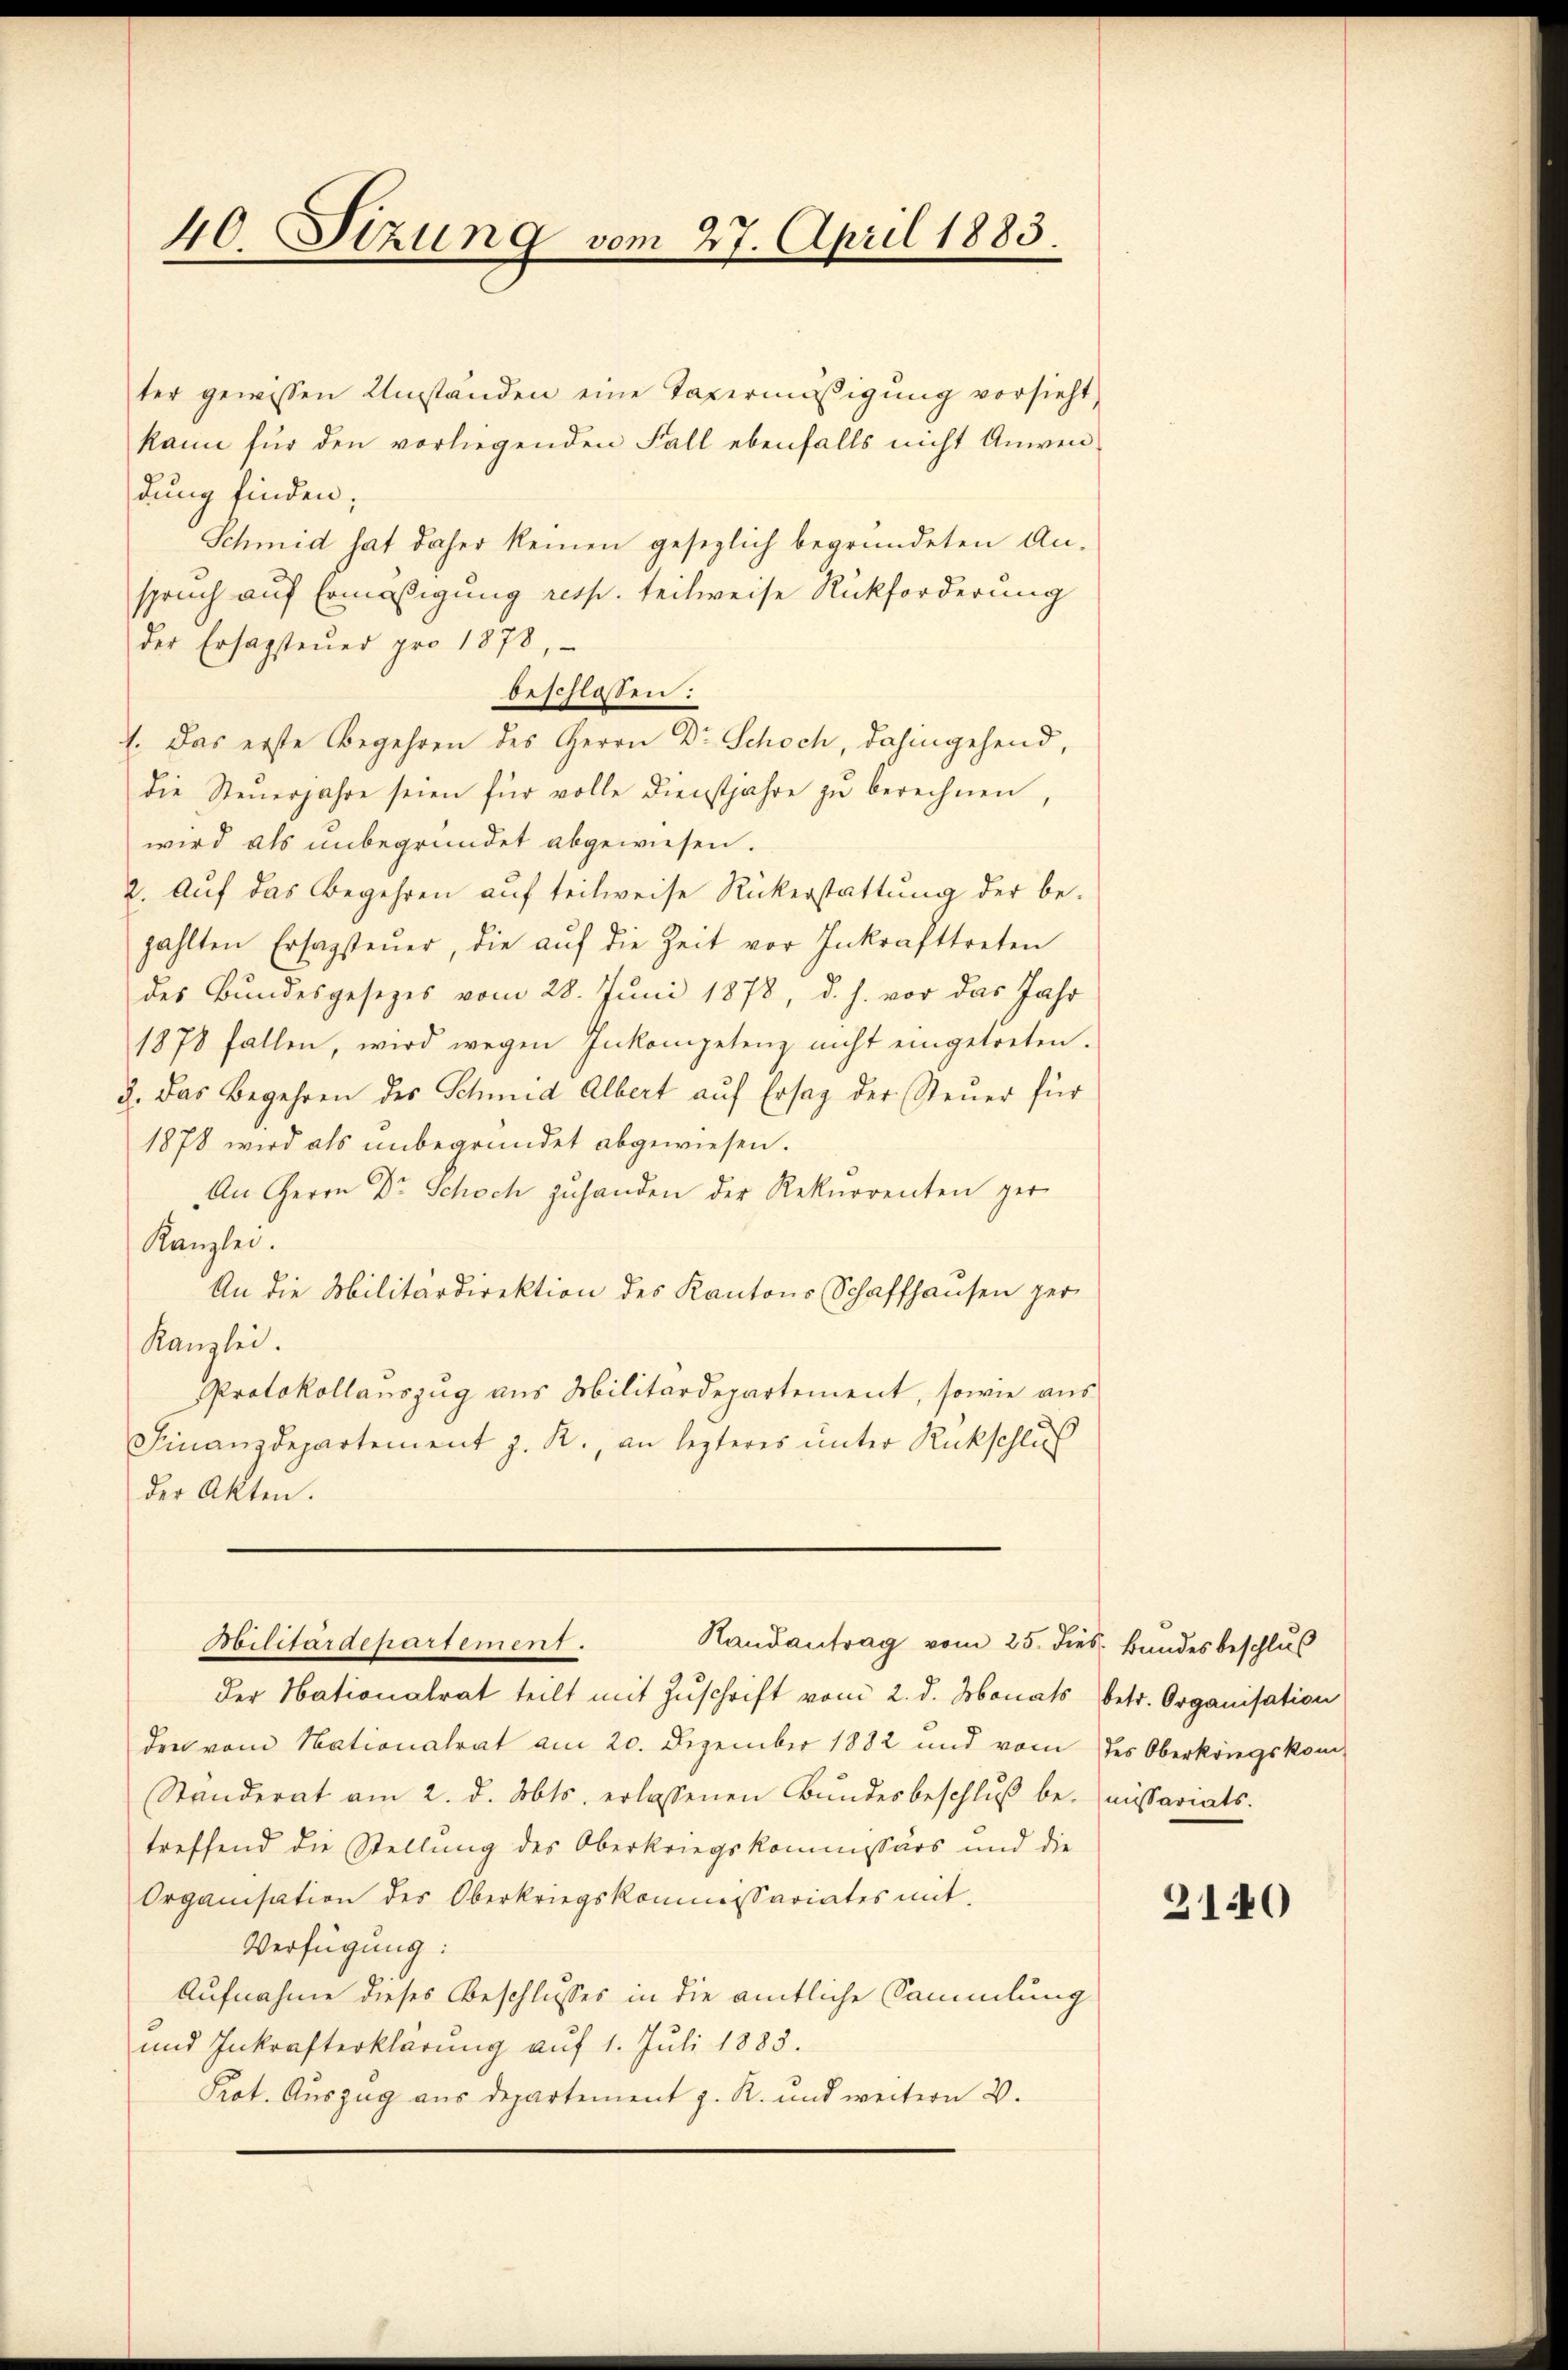
40. Sizung vom 27. April 1883.

ter gewissen Umständen eine Taxermäßigung vorsieht,
kann für den vorliegenden Fall ebenfalls nicht Anwendung finden;
Schmid hat daher keinen gesezlich begründeten An-
spruch auf Ermäßigung resp. teilweise Rückforderung
der Ersagsteŭer pro 1878,
beschlossen:
1. Das erste Begehren des Herrn Dr Schoch, dahingehend,
die Steŭerjahre seien für volle Dienstjahre zŭ berechnen,
wird als unbegründet abgewiesen.
2. Auf das Begehren auf teilweise Rückerstattung der be-
zahlten Ersagsteŭer, die aŭf die Zeit vor Inkrafttreten
des Bundesgesezes vom 28. Juni 1878, d. h. vor das Jahr
1878 fallen, wird wegen Inkompetenz nicht eingetreten.
3. Das Begehren des Schmid Albert auf Ersag der Steuer für
1878 wird als unbegründet abgewiesen.
An Herrn Dr Schoch zŭ handen der Rekurrenten ger
Kanzlei.
An die Militärdirektion des Kantons Schaffhausen per-
Kanzlei.
Protokollanszug aus Militärdepartement, sowie aus
Finanzdepartement z. R., an lezteres unter Rückschluß
der Akten.
Militärdepartement.
Randantrag vom 25. dies Bundes beschluß
der Nationalrat teilt mit Zuschrift vom 2. d. Monats betr. Organisation
den vom Nationalrat am 20. Dezember 1882 und vom des Oberkriegskom¬
Standerat am 2. d. Mts. erlassenen Bŭndesbeschlŭβ be- missariats-
treffend die Stellung des Oberkriegskommissärs und die
Organisation des Oberkriegskommissariates mit
Verfügung:
Aufnahme dieses Beschlusses in die amtliche Sammlung
und Inkrafterklärŭng aŭf 1. Jŭli 1883.
Prot. Auszug aus Departement z. R. und weitern V.

3140